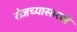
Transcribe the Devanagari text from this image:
रोजच्यासारखे